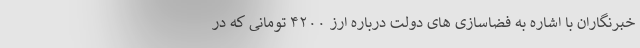
خبرنگاران با اشاره به فضاسازی های دولت درباره ارز ۴۲۰۰ تومانی که در